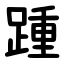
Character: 踵